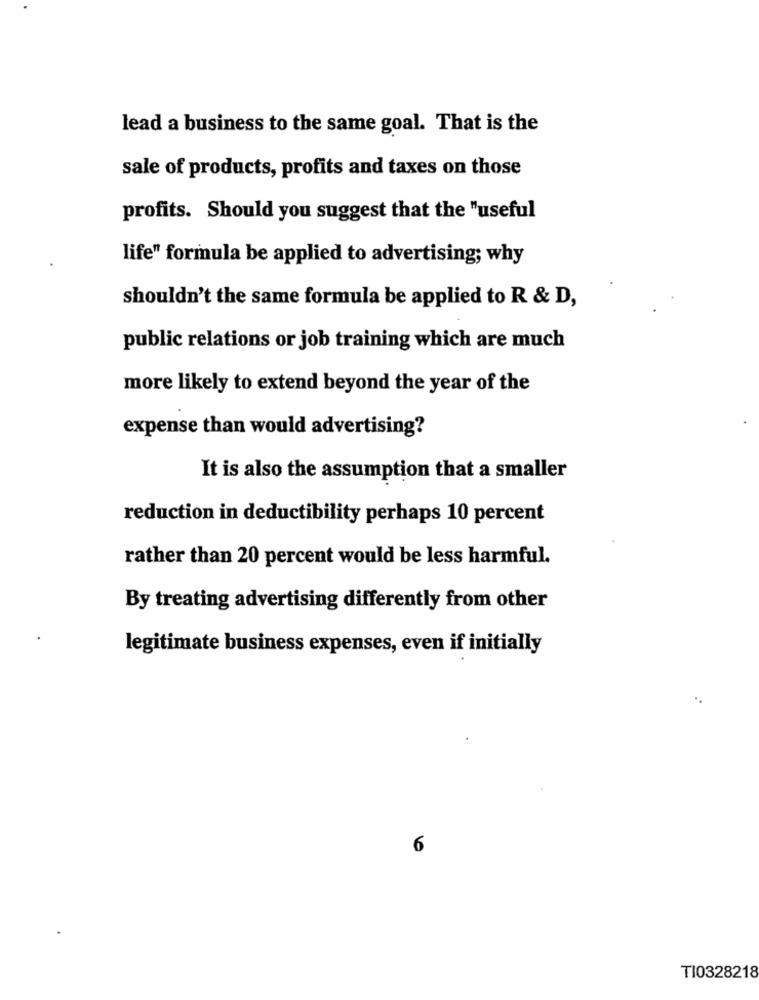
lead a business to the same goal. That is the
sale of products, profits and taxes on those
profits. Should you suggest that the "useful
life" formula be applied to advertising; why
shouldn't the same formula be applied to R & D,
public relations or job training which are much
more likely to extend beyond the year of the
expense than would advertising?
It is also the assumption that a smaller
reduction in deductibility perhaps 10 percent
rather than 20 percent would be less harmful.
By treating advertising differently from other
legitimate business expenses, even if initially
6
TI0328218